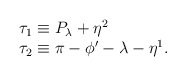
\begin{align*}\begin{array}{l} \tau_1\equiv P_\lambda+\eta^2 \\ \tau_2\equiv \pi-\phi'-\lambda-\eta^1. \end{array} \end{align*}